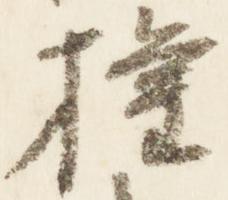
権